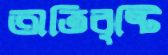
অতিবৃষ্টি